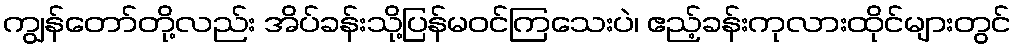
ကျွန်တော်တို့လည်း အိပ်ခန်းသို့ပြန်မဝင်ကြသေးပဲ၊ ဧည့်ခန်းကုလားထိုင်များတွင်